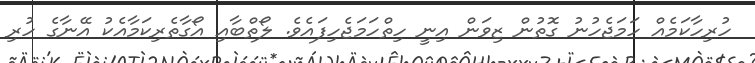
ހުރިހާކަމެއް ހަމަޖެހުނު ގޮތުން ޒިވަން އިނީ ހިތްހަމަޖެހިފައެވެ. ލޯތްބާއި އޯގާތެރިކަމާއެކު އޭނާގެ ހުރި